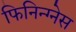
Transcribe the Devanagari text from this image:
फिनिन्ग्नेस